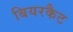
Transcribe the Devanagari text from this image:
बियरकैट